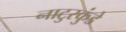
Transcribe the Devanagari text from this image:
नाटुरकुंडे